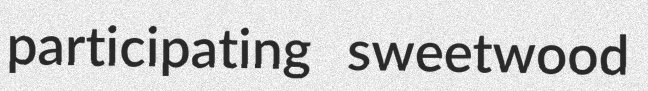
participating sweetwood